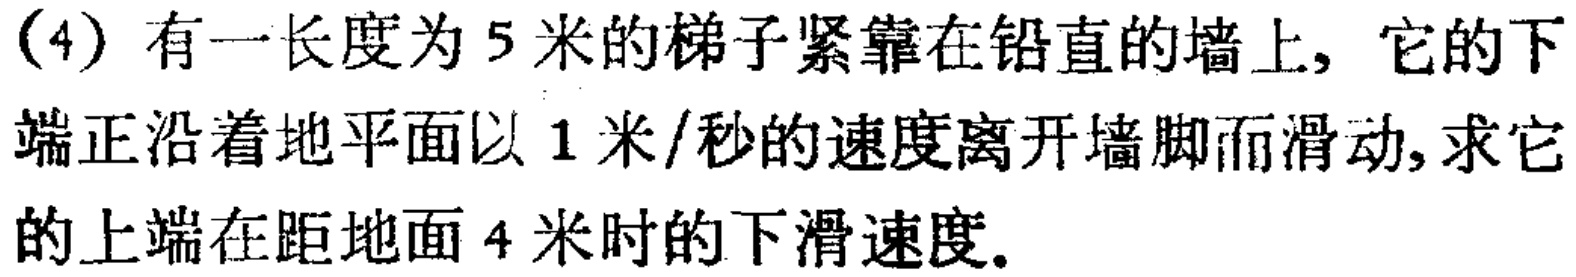
(4) 有一长度为 5 米的梯子紧靠在铅直的墙上, 它的下端正沿着地平面以 1 米/秒的速度离开墙脚而滑动, 求它的上端在距地面 4 米时的下滑速度.